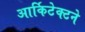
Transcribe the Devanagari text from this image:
आर्किटेक्‍टने